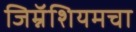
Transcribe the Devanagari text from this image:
जिम्नॅशियमचा